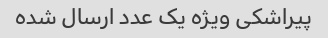
پیراشکی ویژه یک عدد ارسال شده